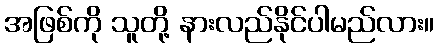
အဖြစ်ကို သူတို့ နားလည်နိုင်ပါမည်လား။